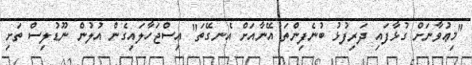
"މިޢުވާނަށް ގުޅާފައި ދަރިފުޅު ބުނެފިންތަ އޭނާއަށް އެނގޭތަ" އިސްޖަހާލައިގެން އުލުން ނޫޑުލިސް ތަށި